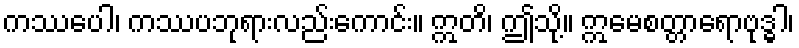
ကဿပေါ၊ ကဿပဘုရားလည်းကောင်း။ ဣတိ၊ ဤသို့။ ဣမေစတ္တာရောဗုဒ္ဓါ၊